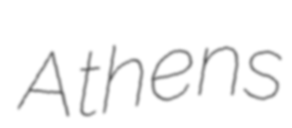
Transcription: Athens